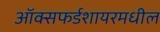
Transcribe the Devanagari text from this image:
ऑक्सफर्डशायरमधील